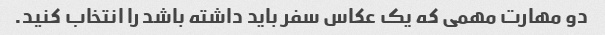
دو مهارت مهمی که یک عکاس سفر باید داشته باشد را انتخاب کنید.